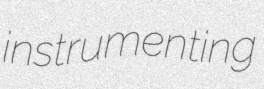
instrumenting